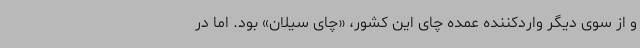
و از سوی دیگر واردکننده عمده چای این کشور، «چای سیلان» بود. اما در